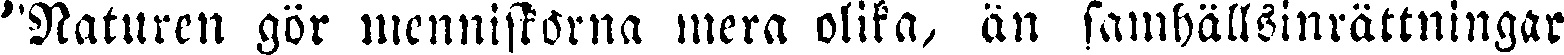
"Naturen gör menniskorna mera olika, än samhällsinrättningar